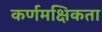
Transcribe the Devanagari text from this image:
कर्णमक्षिकता